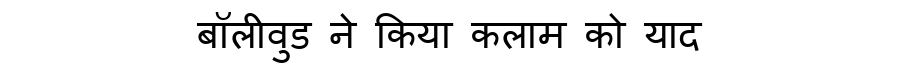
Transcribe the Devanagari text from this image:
बॉलीवुड ने किया कलाम को याद